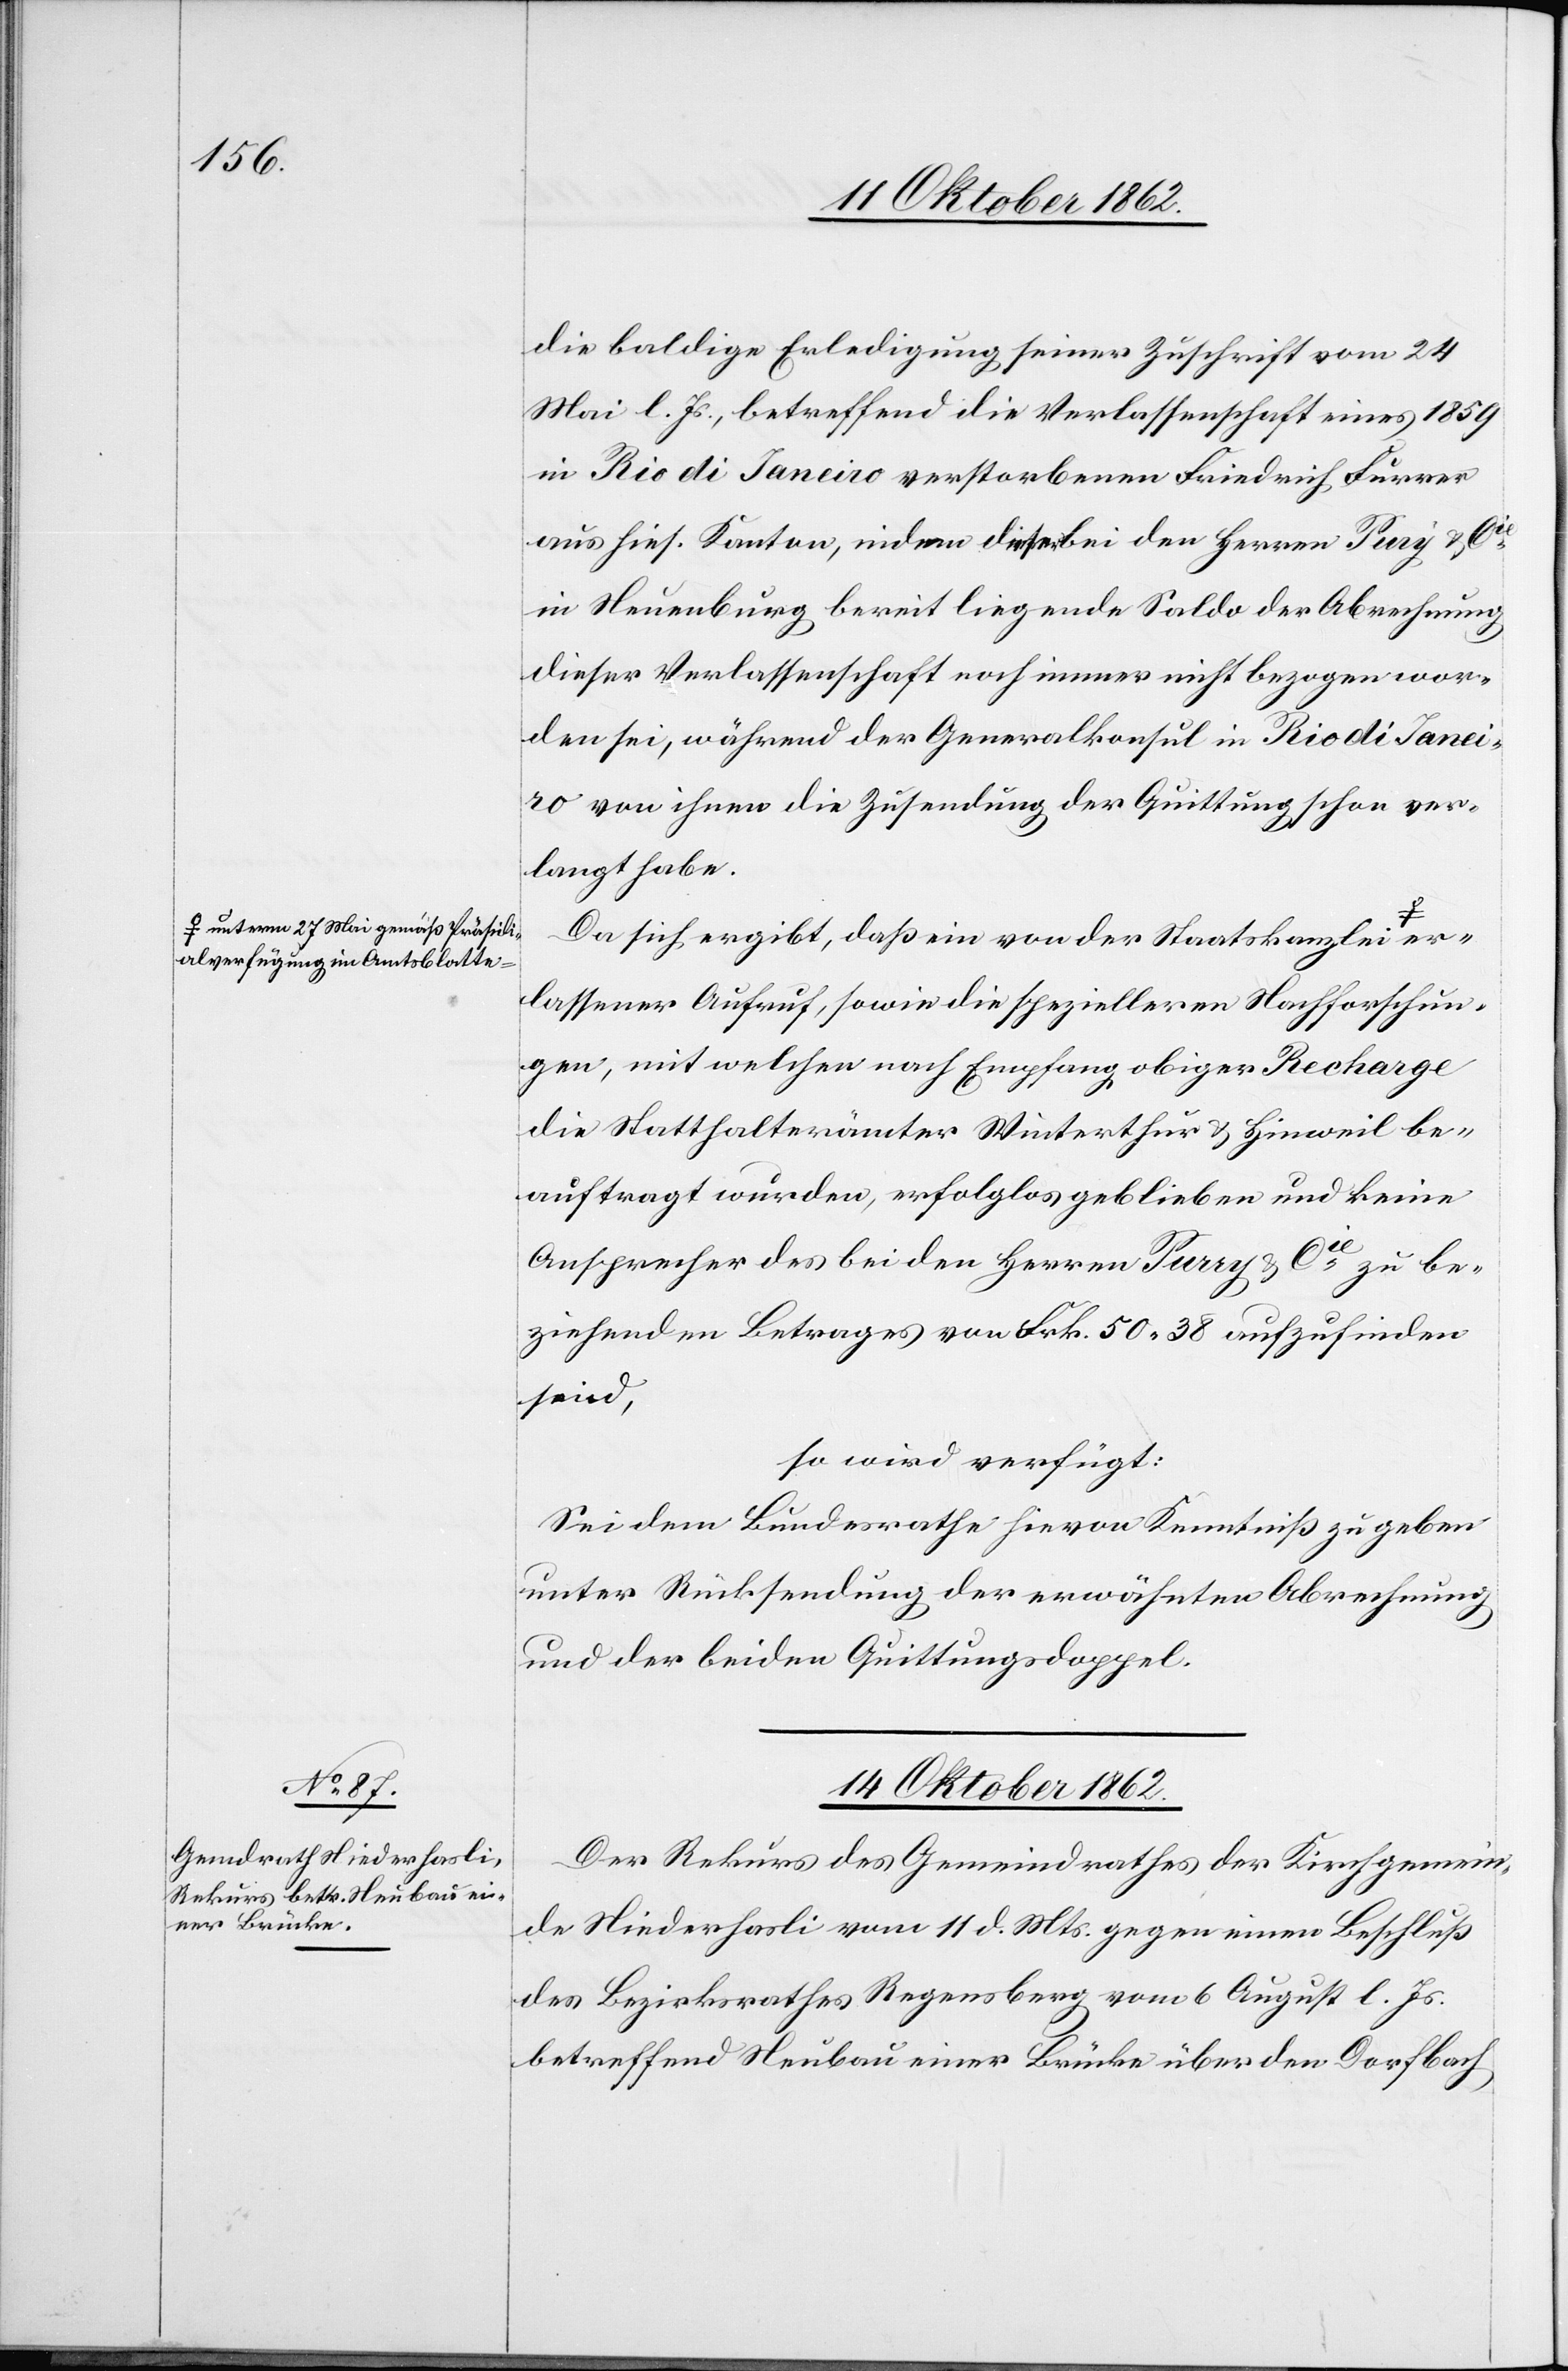
a-unterm 27. Mai gemäß Präsidi¬
alverfügung im Amtsblatte-a

die baldige Erledigung seiner Zuschrift vom 24.
Mai l. Js., betreffend die Verlassenschaft eines 1859
in Rio di Janeiro verstorbene Friedrich Furrer
aus hies. Kanton, indem dieser bei den Herren Pury u. Cie
in Neuenburg bereit liegende Saldo der Abrechnung
dieser Verlassenschaft noch immer nicht bezogen wor¬
den sei, während der Generalkonsul in Rio di Janei¬
ro von ihnen die Zusendung der Quittung schon ver¬
langt habe.
Da sich ergibt, daß ein von der Staatskanzlei
erlassener Aufruf, sowie die spezielleren Nachforschun¬
gen, mit welchen nach Empfang obiger Recharge
die Statthalterämter Winterthur u. Hinweil be¬
auftragt wurden, erfolglos belieben und keine
Ansprecher des bei den Herren Purry [sic!] u. Cie zu be¬
ziehenden Betrages von Frk. 50 38 aufzufinden
sind],
so wird verfügt:
Sei dem Bundesrathe hievon Kenntniß zu geben
unter Rücksendung der erwähnten Abrechnung
und der beiden Quittungsdoppel.
14 Oktober 1862.
Der Rekurs des Gemeindrathes der Kirchgemein¬
de Niederhasli vom 11. d. Mts. gegen einen Beschluß
des Bezirksrathes Regensberg vom 6 August l. Js.
betreffend Neubau einer Brücke über den Dorfbach